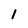
Character: I